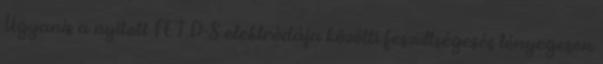
Ugyanis a nyitott FET D-S elektródája közötti feszültségesés lényegesen